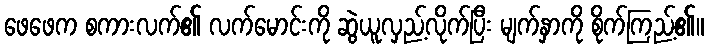
ဖေဖေက စကားလက်၏ လက်မောင်းကို ဆွဲယူလှည့်လိုက်ပြီး မျက်နှာကို စိုက်ကြည့်၏။